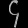
Digit: ၄